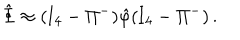
LaTeX: \hat { \Phi } \approx ( \mathrm { I } _ { 4 } - \Pi ^ { - } ) \hat { \varphi } ( \mathrm { I } _ { 4 } - \Pi ^ { - } ) \, .